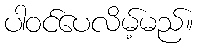
ပါဝင်ပေလိမ့်မည်။